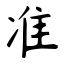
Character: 准